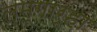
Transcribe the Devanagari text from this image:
लम्गार्हा